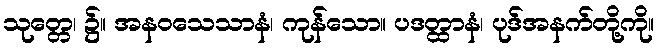
သုတ္တေ၊ ၌။ အနဝသေသာနံ၊ ကုန်သော။ ပဒတ္ထာနံ၊ ပုဒ်အနက်တို့ကို။